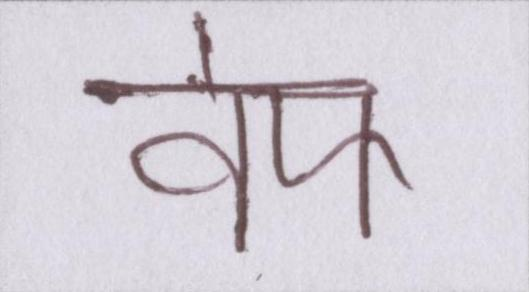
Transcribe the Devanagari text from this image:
वेफ